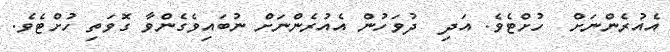
އެއުރެންނަށް  ހުށްޓެވެ. އަދި  ދުވަހުން އެއުރެންނަށް ނުބައިވެގެންވާ ގޮވަތި ހުށްޓެވެ.